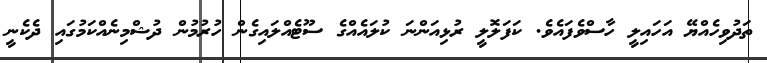
ތަދުވިހެއްޔޭ އަހައިލީ ހާސްވެފައެވެ. ކަފަލޮލީ ރުޅިއަންނަ ކުލައެއްގެ ސޫޓެއްލައިގެން ހުރުމުން ދުޝްމިނެއްކަމުގައި ދެކެނީ